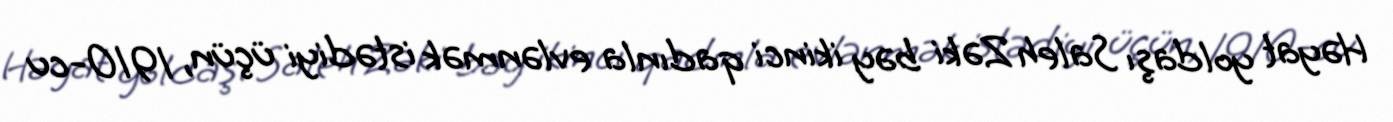
Həyat yoldaşı Saleh Zəki bəy ikinci qadınla evlənmək istədiyi üçün, 1910-cu